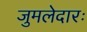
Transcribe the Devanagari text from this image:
जुमलेदारः